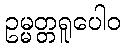
ဥမ္မတ္တရူပေါဝ